Karksi_vallavalitsus, lk 111
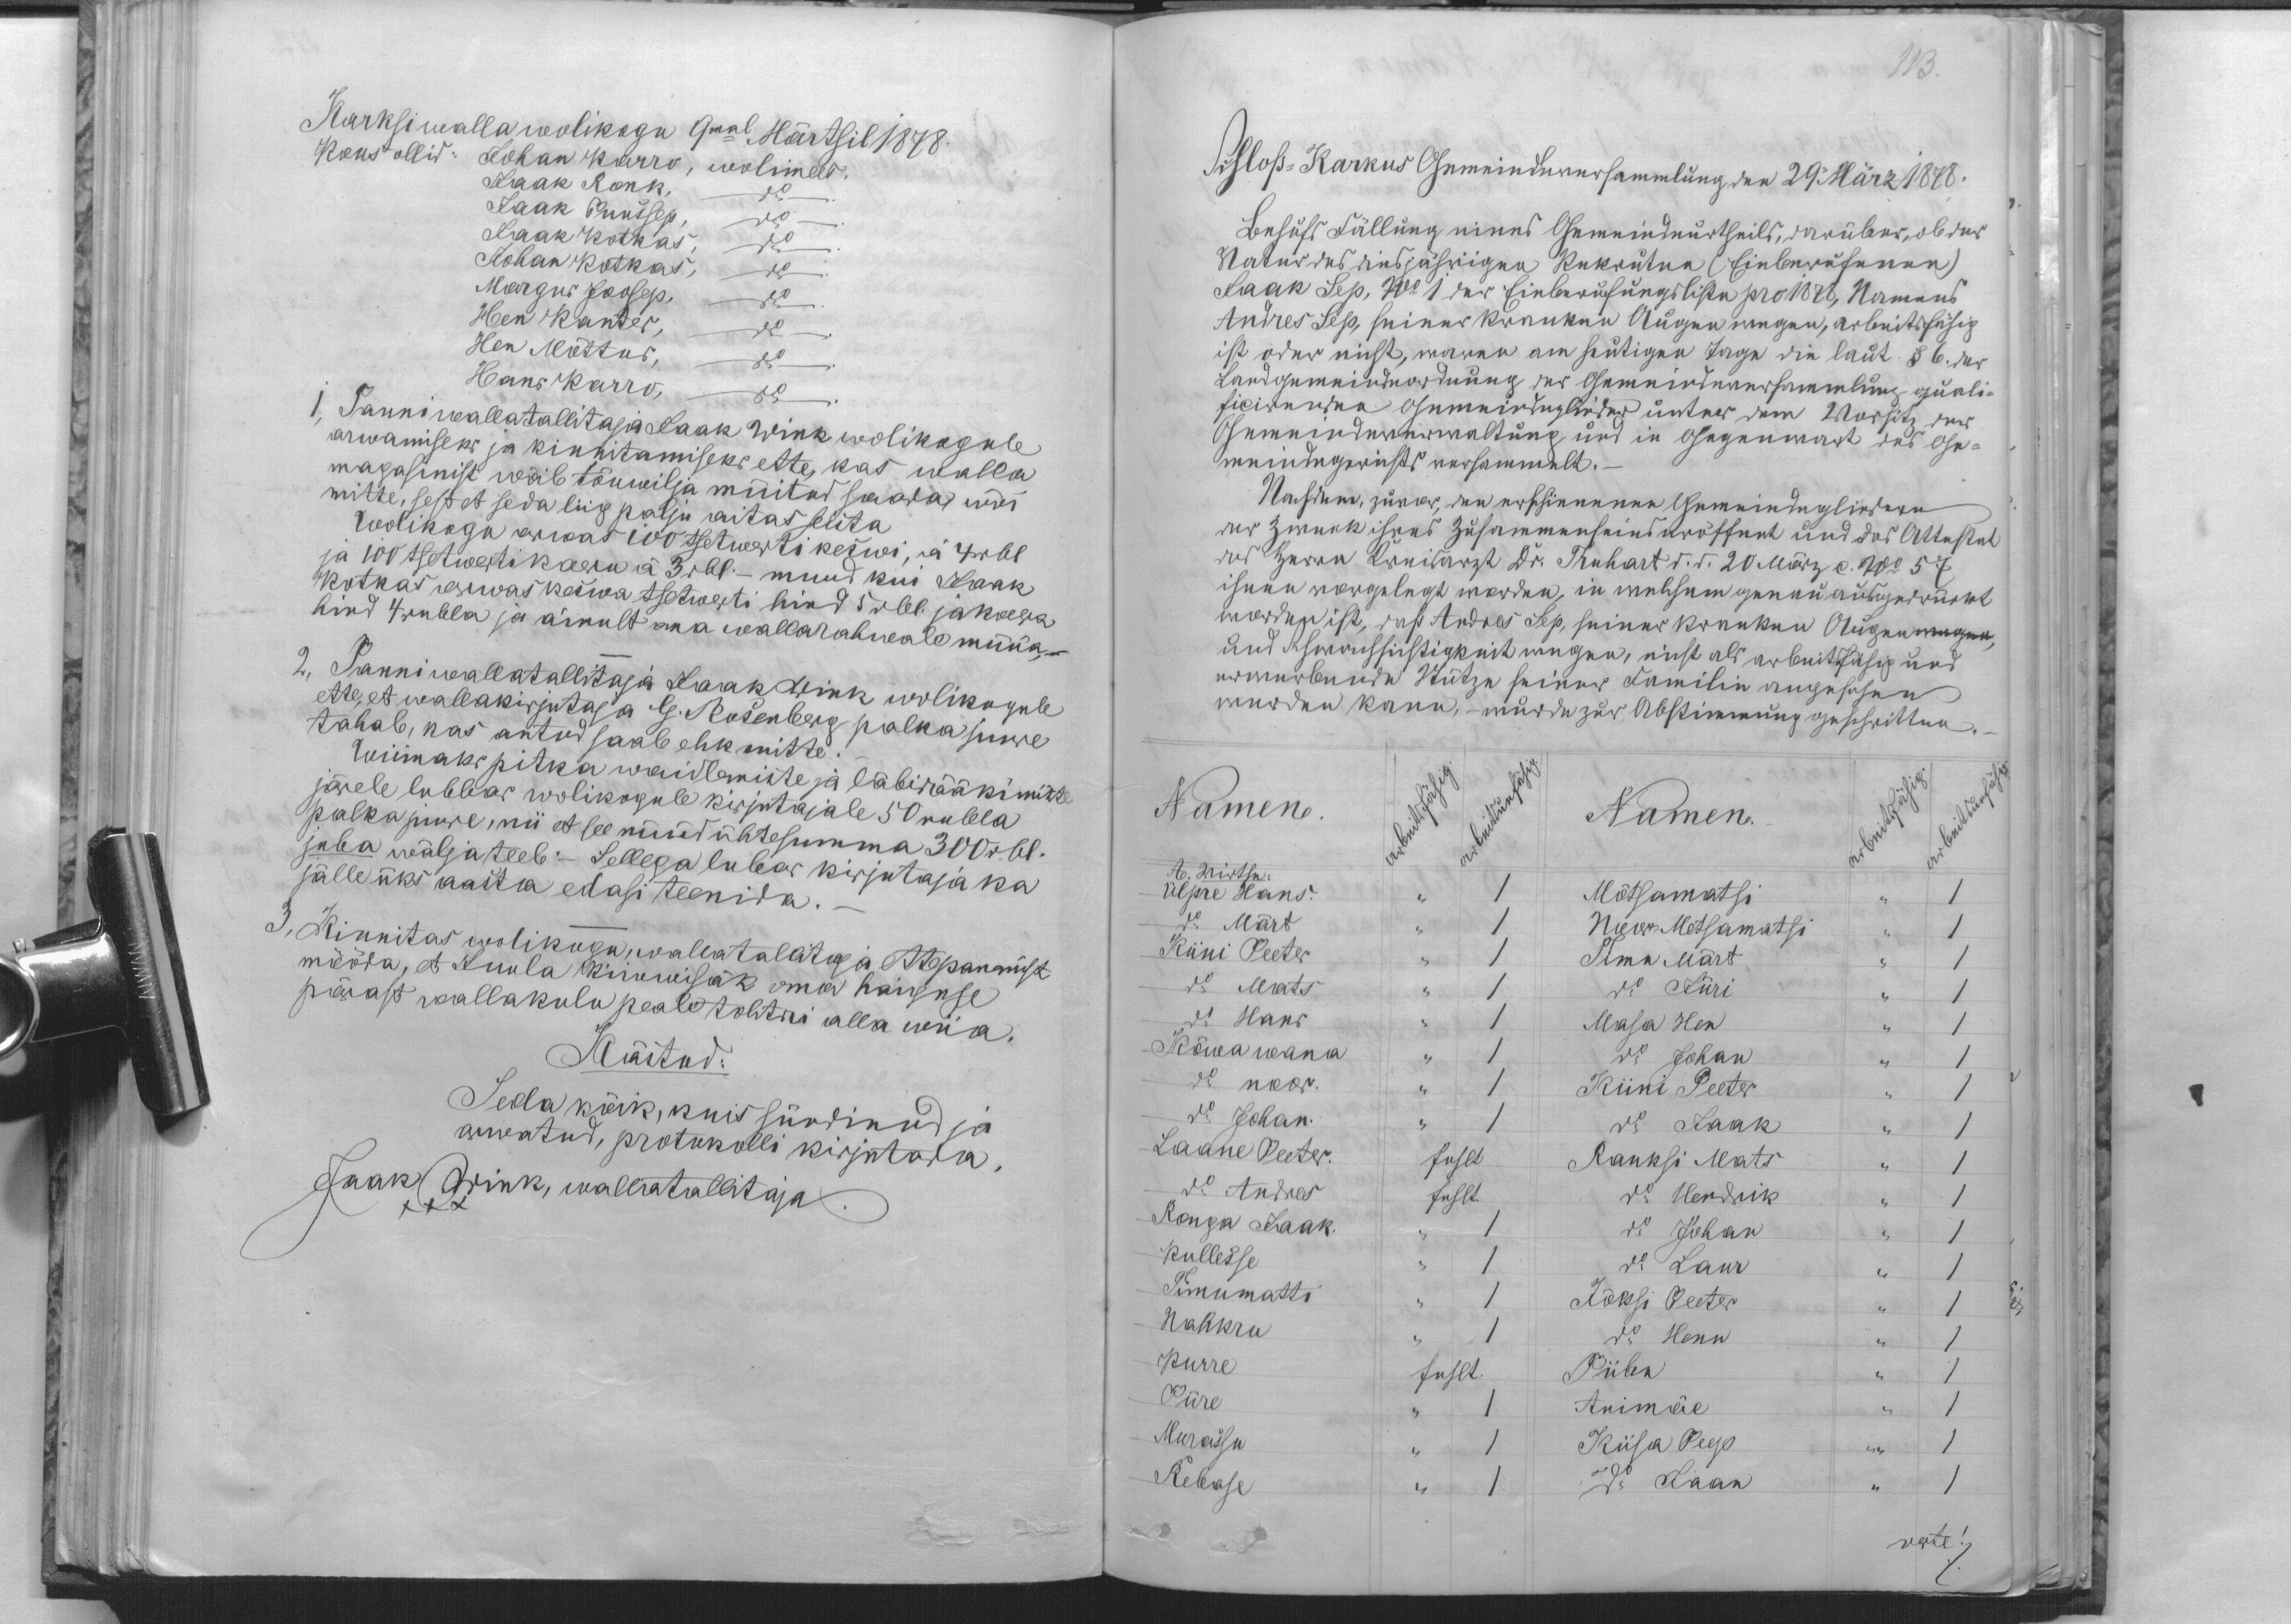
Karksi walla wolikogu 9mal Märtsil 1878.
Kous ollid: Johan Karru, wolimees
Jaak Ronk,
Jaak Puussep, do
Jaak Kotkas,
Johan Kotkas, do
Margus Joosep, do
Hen Kanter, do.
Hen Mõttus, do.
Hans Karro, do.
1, Panni wallatallitaja Jaak Wink wolikogule
arwamiseks ja kinnitamiseks ette, kas walla
magasinist wõib tõuwilja müitud saada, wõi
mitte, sest et seda liig palju aitas seista
Wolikogu arwas 100 tsetwerti keswi, à 4rbl
ja 100 tsetwerti kaeru à 3 rbl. - muud kui Jaak
Kotkas arwas keswa tsetwerti hing 5 rbl. jakaera
hind 4 rubla ja ainult oma wallarahwale müüa,-
2, Panni wallatallitaja Jaak Wink wolikogule
ette, et wallakirjutaja G. Rosenberg palka juure
tahab, kas antud saab ehk mitte.
Wiimaks pitka waidlemiste ja läbirääkimiste
järele lubbas wolikogule kirjutajale 50 rubla
palka juure, nii et see nüüd ühtesumma 300rbl.
juba wälja teeb. - Sellega lubas kirjutaja ka
jälle üks aasta edasi teenida.-
3, Kinnitas wolikugu wallatallitaja ettepanemist
mööda, et Juula Kiwwisäk oma haiguse
pärast wallakulu peale tohtri alla wiia.
Kästud:
Seda kõik, kuis sündinud ja
arwatud, protokolli kirjutada,
Jaak Wink, wallatallitaja.
XXX

113.
Ülpre Hans " 1
Mõtsamatsi " 1
do Märt " 1
Noor-Metsamatsi " 1
Kiini Peeter " 1
Timu Märt " 1
do Mats " 1
do Jüri " 1
do Hans " 1
Masa Hen " 1
Kõwa wana " 1
do Johan " 1
do noor " 1
Kiini Peeter " 1
do Johan " 1
do Jaak " 1
Laane Peeter fehlt
Rauksi Mats " 1
do Andres fehlt
do Hendrik " 1
Ronga Jaak. " 1
do Johan " 1
Kullesse " 1
do Laur " 1
Timumatti " 1
Jõksi Peeter " 1
Nahkru " 1
do Henn " 1
Kurre fehlt
Piibu " 1
Piire " 1
Animäe " 1
Murassu " 1
Kiisa Peep " 1
Rebase " 1
do Jaan " 1
werte!